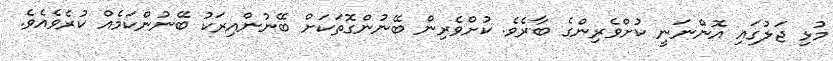
މުޅި ޖަލުގައި އޮންނަނީ ކުށްވެރިންގެ ބާރެވެ. ކުށްވެރިން ބޭނުންގޮތަކަށް ބޭނުންއިރަކު ބޭނުންކަމެއް ކުރެވެއެވެ.